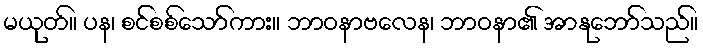
မယုတ်။ ပန၊ စင်စစ်သော်ကား။ ဘာဝနာဗလေန၊ ဘာဝနာ၏ အာနုဘော်သည်။